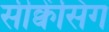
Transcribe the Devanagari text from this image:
सीक्वेंसिंग